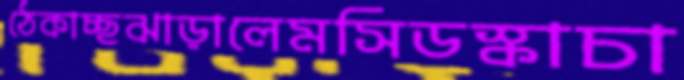
ঠেকাচ্ছঝাড়ালেমসিডস্কাচা